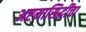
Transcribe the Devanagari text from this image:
अष्टमासिद्धींचा